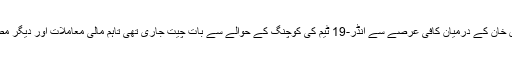
پاکستان کرکٹ بورڈ اور یونس خان کے درمیان کافی عرصے سے انڈر-19 ٹیم کی کوچنگ کے حوالے سے بات چیت جاری تھی تاہم مالی معاملات اور دیگر مطالبات پر ڈیڈ لاک برقرار رہا۔